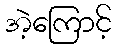
အဲ့ကြောင့်